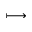
\longmapsto